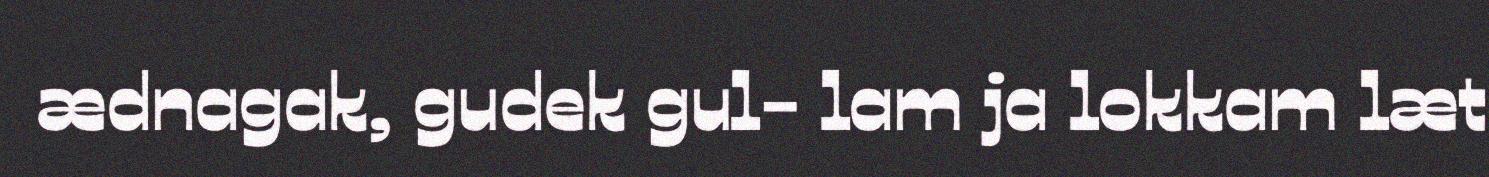
ædnagak, gudek gul- lam ja lokkam læt